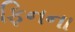
ફિનના